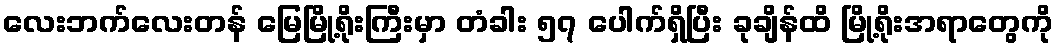
လေးဘက်လေးတန် မြေမြို့ရိုးကြီးမှာ တံခါး ၅၇ ပေါက်ရှိပြီး ခုချိန်ထိ မြို့ရိုးအရာတွေကို